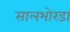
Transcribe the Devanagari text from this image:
सालभोरडा